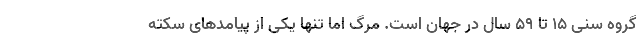
گروه سنی ۱۵ تا ۵۹ سال در جهان است. مرگ اما تنها یکی از پیامدهای سکته